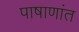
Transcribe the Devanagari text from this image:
पाषाणांत